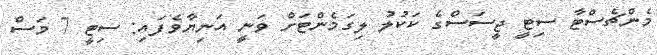
މެންޗެސްޓާ ސިޓީ ޖީސަސްގެ ކަކުލު ލިގަމެންޓަށް ވަނީ އަނިޔާވެފައި: ސިޓީ 7 މަސް